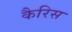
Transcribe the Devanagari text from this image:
कैरिस